Burma Government Medical School reports 1923-41
Year: 1923
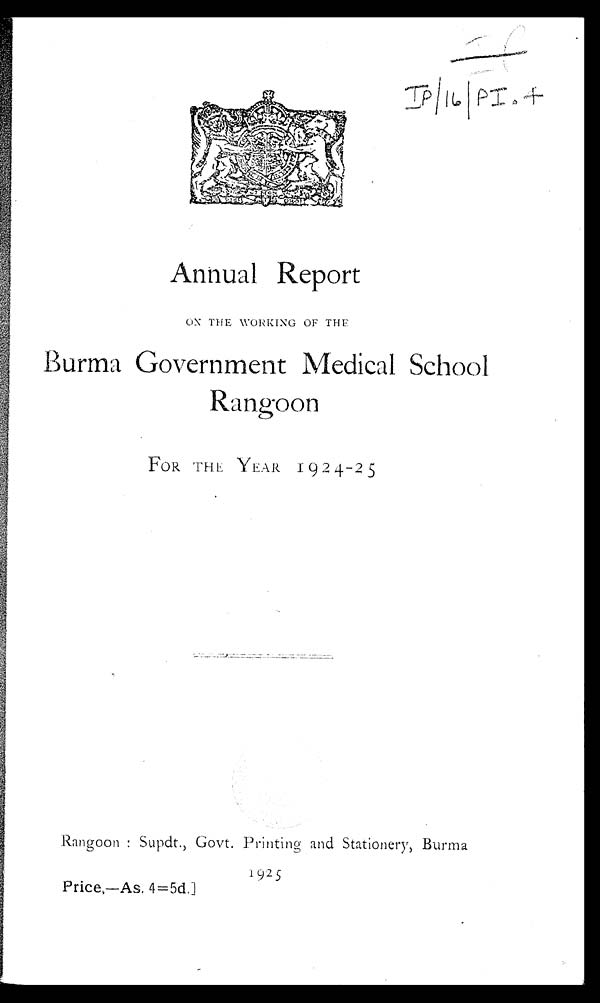
IP
Annual Report
ON THE WORKING OF THE
Burma Government Medical School.
R a n g o o n
FOR THE YEAR 1 9 24-2 5
Rangoon: Supdt., Govt. Printing and Stationery Burma
1925
Price,—As, 4=5d.]